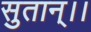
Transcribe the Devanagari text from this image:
सुतान्।।